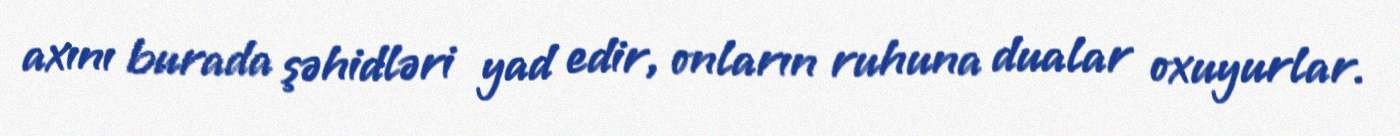
axını burada şəhidləri yad edir, onların ruhuna dualar oxuyurlar.